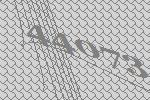
44073